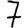
Digit: 7